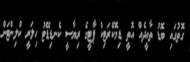
ގޮތުގައި ބޮޑު ތާއީދެއް އޮތީ ޑިމޮކްރަޓިކް ޕާޓީގެ ރިޔާސީ ކެނޑިޑޭޓު ހިލަރީ ކްލިންޓަން